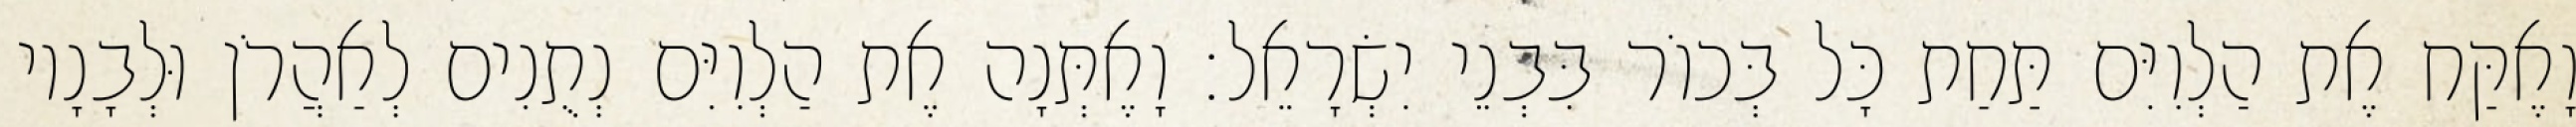
וָאֶקַּח אֶת הַלְוִיִּם תַּחַת כָּל בְּכוֹר בִּבְנֵי יִשְׂרָאֵל׃ וָאֶתְּנָה אֶת הַלְוִיִּם נְתֻנִים לְאַהֲרֹן וּלְבָנָיו